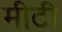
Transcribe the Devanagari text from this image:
मीटी